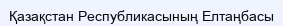
Қазақстан Республикасының Елтаңбасы